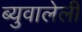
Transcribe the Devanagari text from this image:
ब्युवालेली